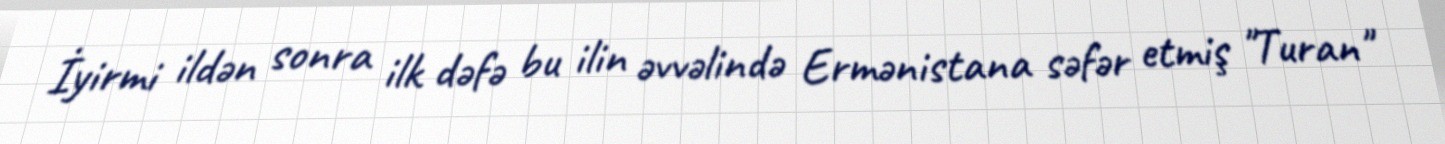
İyirmi ildən sonra ilk dəfə bu ilin əvvəlində Ermənistana səfər etmiş "Turan"